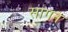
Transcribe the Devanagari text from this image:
सागन